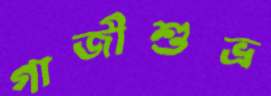
গাজীশুভ্র